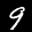
Label: 9